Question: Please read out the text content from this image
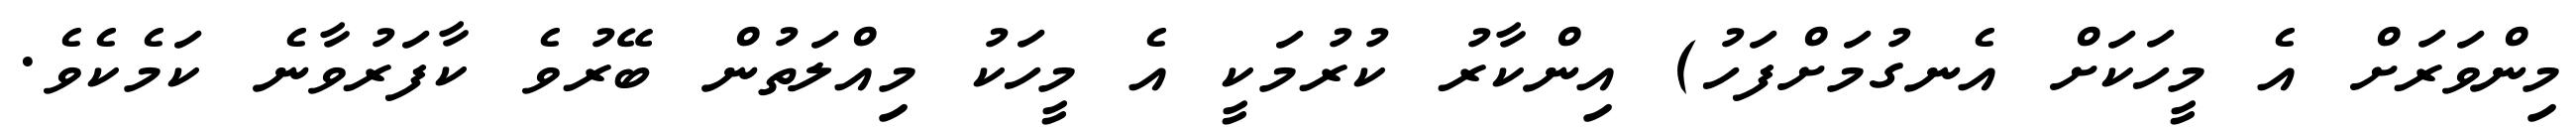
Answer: މިންވަރަށް އެ މީހަކަށް އެނގުމަށްފަހު) އިންކާރު ކުރުމަކީ އެ މީހަކު މިއްލަތުން ބޭރުވެ ކާފަރުވާނެ ކަމެކެވެ.